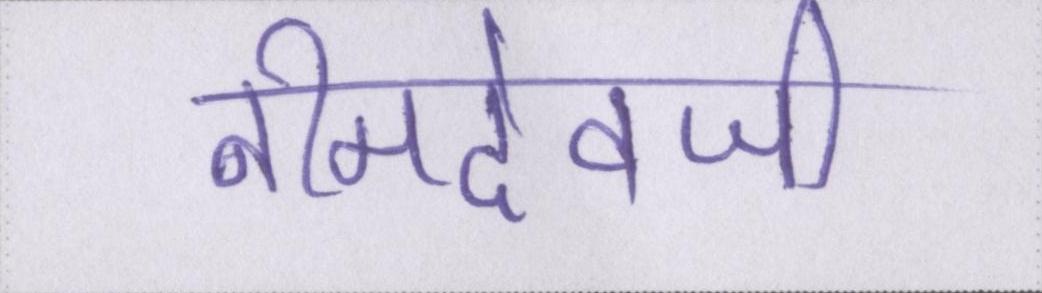
नीमदेवजी